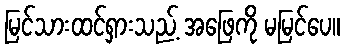
မြင်သားထင်ရှားသည့် အဖြေကို မမြင်ပေ။